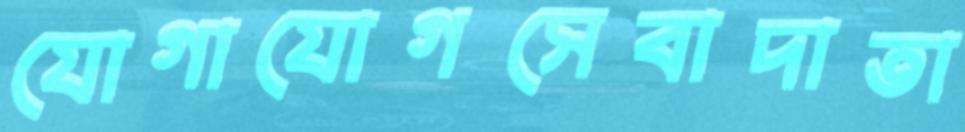
যোগাযোগসেবাদাতা